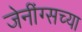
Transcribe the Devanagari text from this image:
जेनींग्सच्या